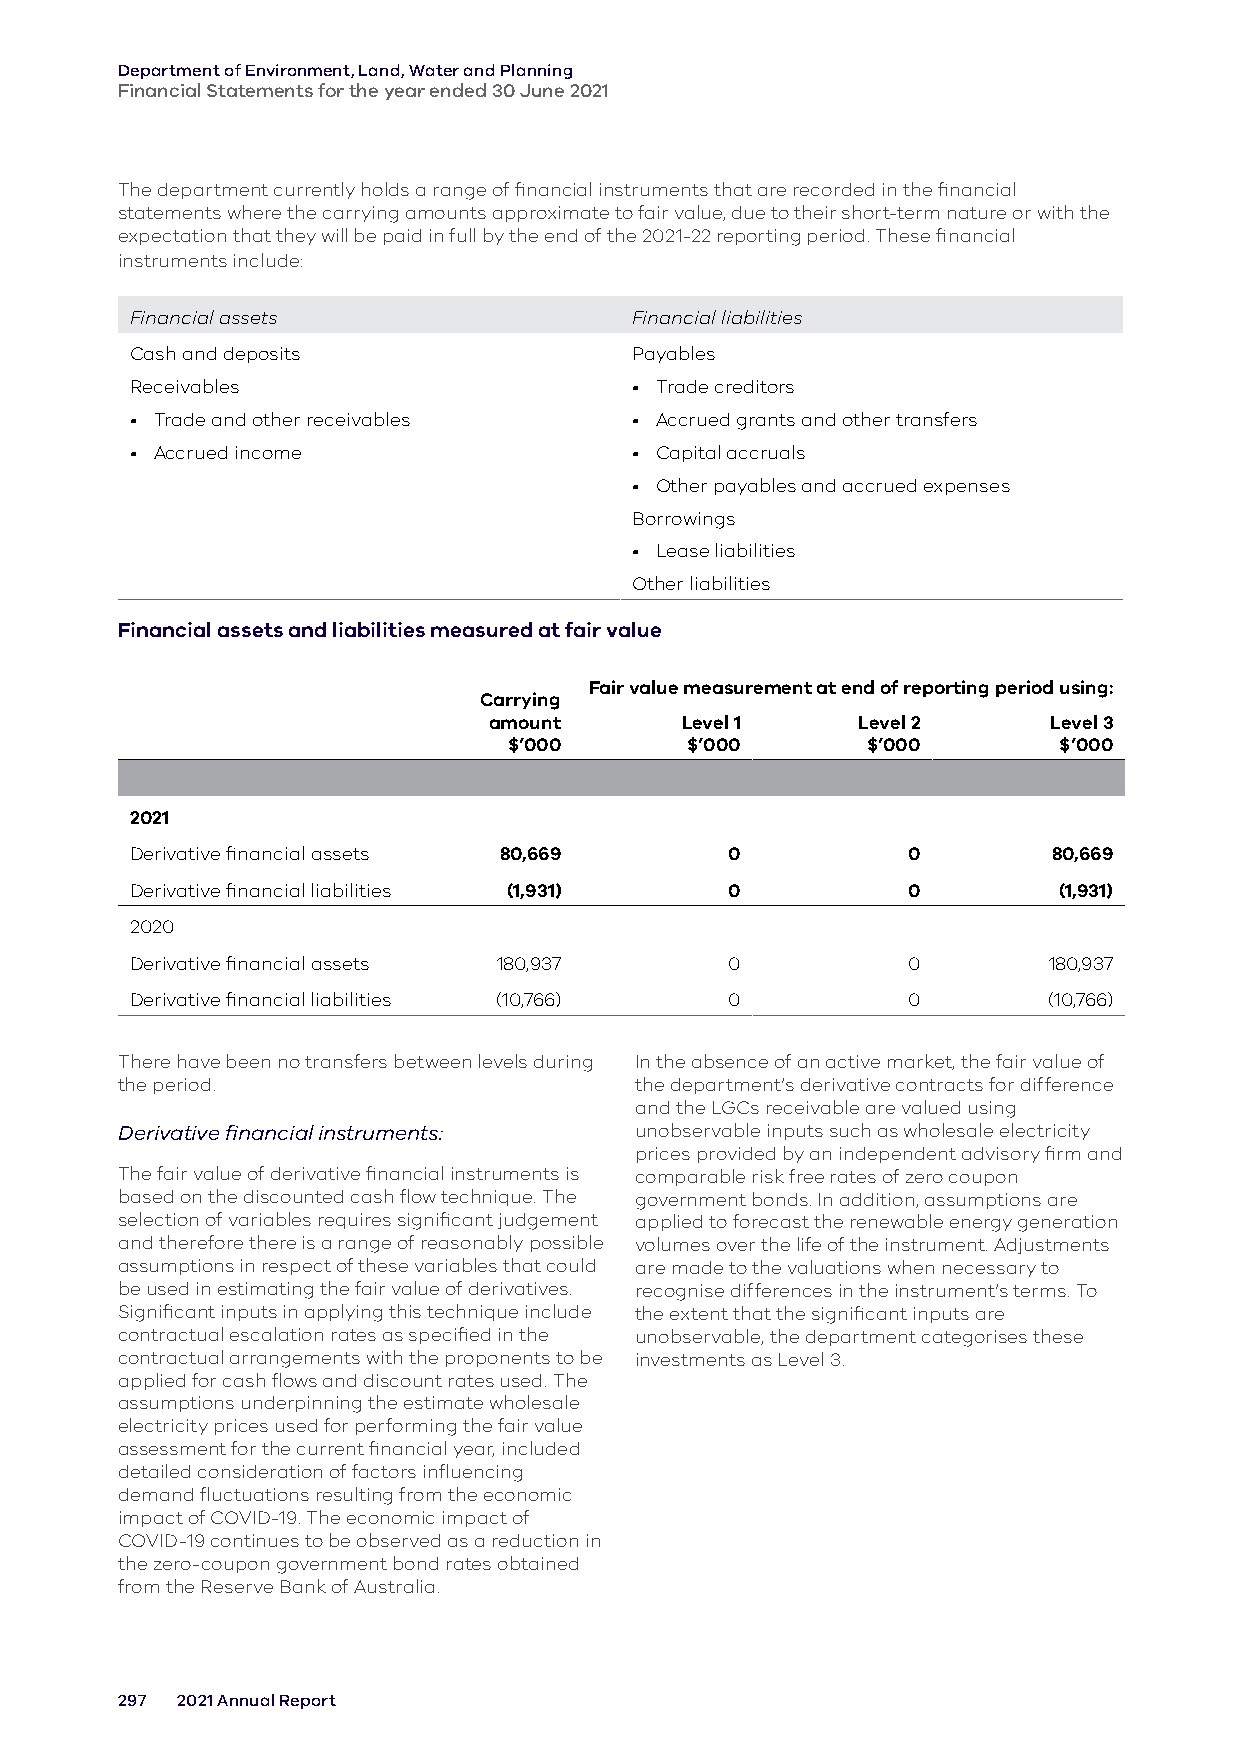
Department of Environment, Land, Water and Planning
 Financial Statements for the year ended 30 June 2021
 The department currently holds a range of financial instruments that are recorded in the financial
 statements where the carrying amounts approximate to fair value, due to their short-term nature or with the
 expectation that they will be paid in full by the end of the 2021-22 reporting period. These financial
 instruments include:
 Financial assets                 Financial liabilities
 Cash and deposits                Payables
 Receivables                      • Trade creditors
 • Trade and other receivables    • Accrued grants and other transfers
 • Accrued income                 • Capital accruals
 • Other payables and accrued expenses
 Borrowings
 • Lease liabilities
 Other liabilities
 Financial assets and liabilities measured at fair value
 Fair value measurement at end of reporting period using:
 Carrying
 amount       Level 1     Level 2     Level 3
 $’000      $’000       $’000        $’000
 2021
 Derivative financial assets 80,669     0           0         80,669
 Derivative financial liabilities (1,931) 0         0         (1,931)
 2020
 Derivative financial assets 180,937    0           0        180,937
 Derivative financial liabilities (10,766) 0        0        (10,766)
 There have been no transfers between levels during In the absence of an active market, the fair value of
 the period.                       the department’s derivative contracts for difference
 and the LGCs receivable are valued using
 Derivative financial instruments: unobservable inputs such as wholesale electricity
 prices provided by an independent advisory firm and
 The fair value of derivative financial instruments is comparable risk free rates of zero coupon
 based on the discounted cash flow technique. The government bonds. In addition, assumptions are
 selection of variables requires significant judgement applied to forecast the renewable energy generation
 and therefore there is a range of reasonably possible volumes over the life of the instrument. Adjustments
 assumptions in respect of these variables that could are made to the valuations when necessary to
 be used in estimating the fair value of derivatives. recognise differences in the instrument’s terms. To
 Significant inputs in applying this technique include the extent that the significant inputs are
 contractual escalation rates as specified in the unobservable, the department categorises these
 contractual arrangements with the proponents to be investments as Level 3.
 applied for cash flows and discount rates used. The
 assumptions underpinning the estimate wholesale
 electricity prices used for performing the fair value
 assessment for the current financial year, included
 detailed consideration of factors influencing
 demand fluctuations resulting from the economic
 impact of COVID-19. The economic impact of
 COVID-19 continues to be observed as a reduction in
 the zero-coupon government bond rates obtained
 from the Reserve Bank of Australia.
 297 2021 Annual Report